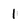
Character: 1